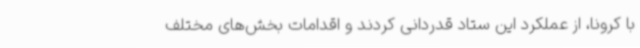
با کرونا، از عملکرد این ستاد قدردانی کردند و اقدامات بخش‌های مختلف